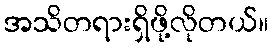
အသိတရားရှိဖို့လိုတယ်။